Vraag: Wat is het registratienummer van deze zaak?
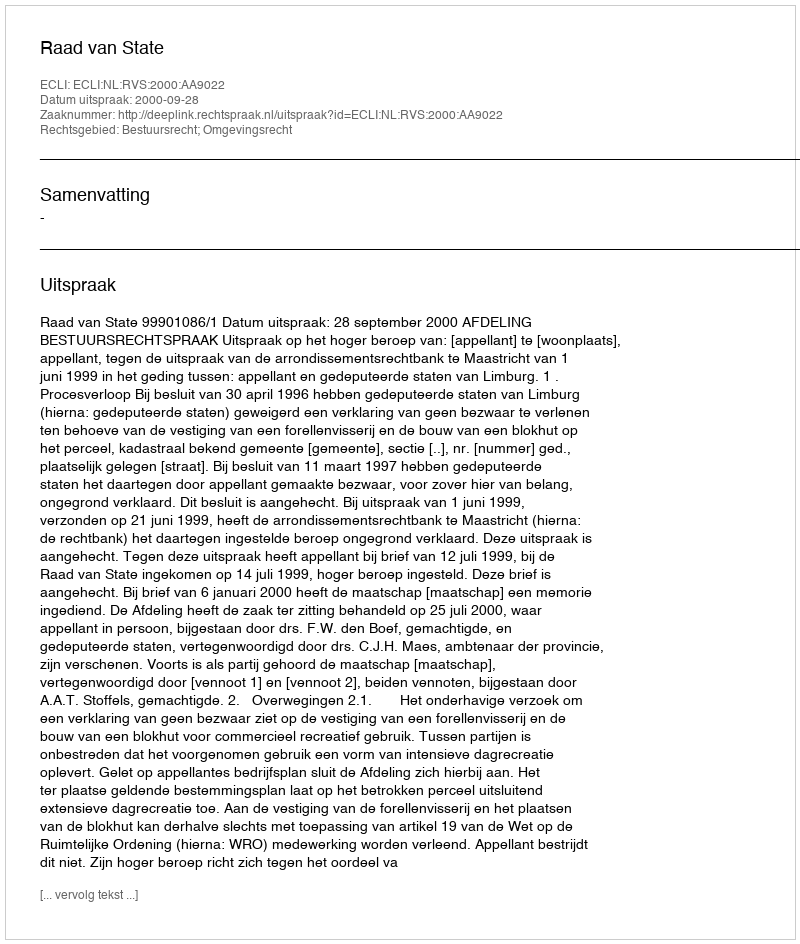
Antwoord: http://deeplink.rechtspraak.nl/uitspraak?id=ECLI:NL:RVS:2000:AA9022